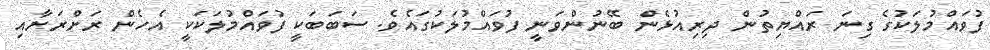
ފުވައްމުލަކުގެ ގިނަ ރައްޔިތުން ދިރިއުޅެން ބޭނުންވަނީ ފުވައްމުލަކުގައެވެ. ސަބަބަކީ ފުވައްމުލަކަކީ އެހެން ރަށްރަށާއި